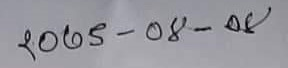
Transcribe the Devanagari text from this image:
२०६५-०८-०८